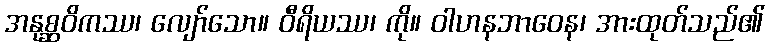
အနုစ္ဆဝိကဿ၊ လျော်သော။ ဝီရိယဿ၊ ကို။ ဝါဟနဘာဝေန၊ အားထုတ်သည်၏